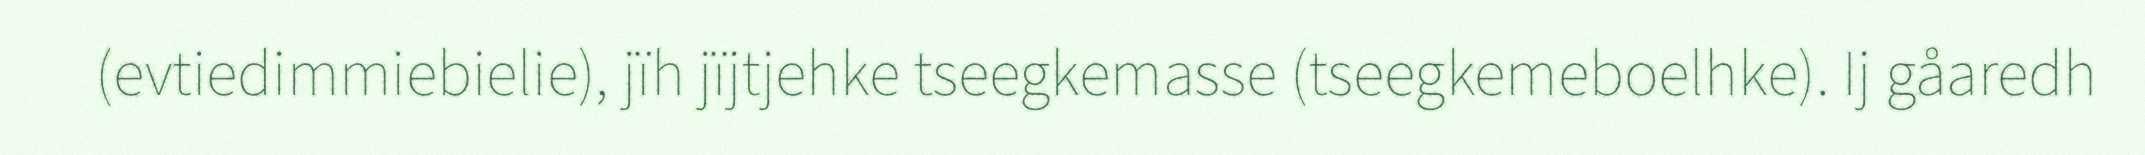
(evtiedimmiebielie), jïh jïjtjehke tseegkemasse (tseegkemeboelhke). Ij gåaredh